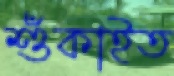
শুঁকাইত